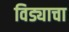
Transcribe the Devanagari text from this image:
विड्याचा